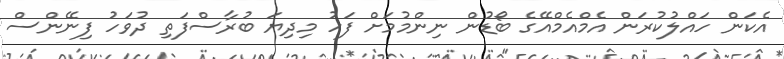
އެކަން ހައްލުކުރަން އެމްއެމްއޭގެ ބޯޑުން ނިންމުމަށް ފަހު މިދިޔަ ބުރާސްފަތި ދުވަހު ފިނޭންސް